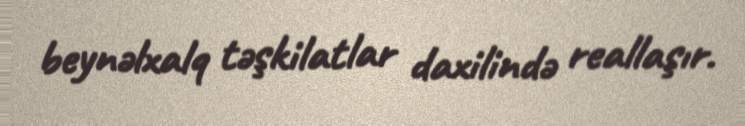
beynəlxalq təşkilatlar daxilində reallaşır.